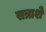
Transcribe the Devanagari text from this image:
सत्राशे